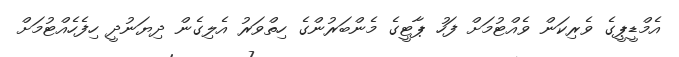
އެމްޑީޕީގެ ވެރިކަން ވެއްޓުމަށް ފަހު ޕާޓީގެ މެންބަރުންގެ ހިތްވަރު އެލިގެން ދިޔަނުދީ ހިފެހެއްޓުމަށް